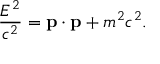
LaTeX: { \frac { E ^ { 2 } } { c ^ { 2 } } } = \mathbf { p } \cdot \mathbf { p } + m ^ { 2 } c ^ { 2 } .